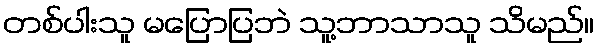
တစ်ပါးသူ မပြောပြဘဲ သူ့ဘာသာသူ သိမည်။